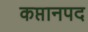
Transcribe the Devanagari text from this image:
कप्तानपद